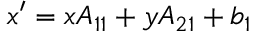
x ^ { \prime } = x A _ { 1 1 } + y A _ { 2 1 } + b _ { 1 }